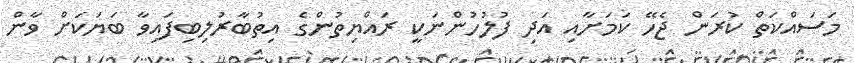
މަސައްކަތް ކުރަން ޖެހޭ ކަމަށާއި އަދި ފުލުހުންނަކީ ރައްޔިތުންގެ އިތުބާރުލިބިފައިވާ ބަޔަކަށް ވާން